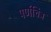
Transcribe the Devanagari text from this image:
पर्णचित्र